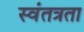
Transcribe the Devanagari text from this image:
स्‍वंतत्रता